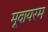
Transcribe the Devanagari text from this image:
मूवायरम